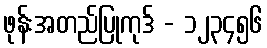
ဖုန်းအတည်ပြုကုဒ် - ၁၂၃၄၅၆